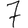
Digit: 7